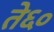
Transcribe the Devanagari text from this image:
ते६०